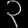
Digit: ၃